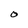
Character: 0